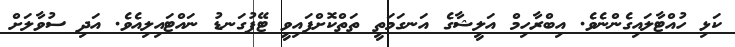
ކަޅި ހުއްޓާލައިގެންނެވެ. އިބްރާހިމް އަލީޝާގެ އަނގަމަތީ ތަތްކޮށްފައިވީ ޓޭޕުގަނޑު ނައްޓައިލިއެވެ. އަދި ސުވާލަށް